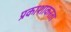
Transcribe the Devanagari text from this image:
प्रकाशाकरता